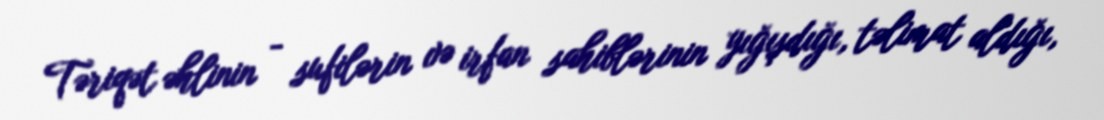
Təriqət əhlinin - sufilərin və irfan sahiblərinin yığışdığı, təlimat aldığı,